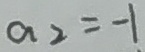
a _ { 2 } = - 1